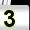
Digit: 3